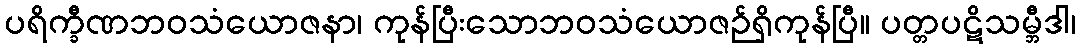
ပရိက္ခီဏဘဝသံယောဇနာ၊ ကုန်ပြီးသောဘဝသံယောဇဉ်ရှိကုန်ပြီ။ ပတ္တပဋိသမ္ဘီဒါ၊